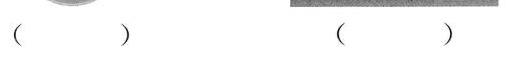
（）（）